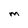
Character: M